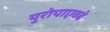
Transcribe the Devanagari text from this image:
युरोपाएवढे